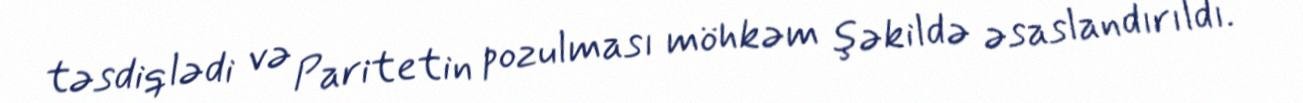
təsdiqlədi və Paritetin pozulması möhkəm şəkildə əsaslandırıldı.